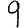
Digit: 9